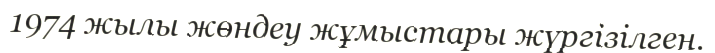
1974 жылы жөндеу жұмыстары жүргізілген.